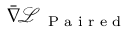
\ensuremath { \bar { \nabla } } \! \ensuremath { \mathcal { L } } _ { \textnormal { { P a i r e d } } }